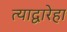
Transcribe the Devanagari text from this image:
त्याद्वारेहा